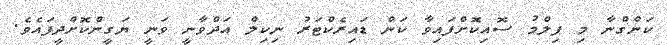
ކަންގްނާ މި ފިލްމު ސޮއިކޮށްފައިވާ ކަން ޑައިރެކްޓަރު ނިކިލް އަދްވާނީ ވަނީ ޔަގީންކޮށްދީފައެވެ.